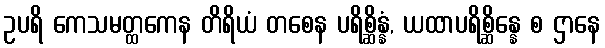
ဥပရိ ကေသမတ္ထကေန တိရိယံ တစေန ပရိစ္ဆိန္နံ, ယထာပရိစ္ဆိန္နေ စ ဌာနေ